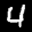
Label: 4